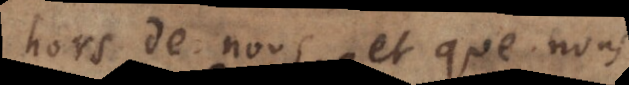
hors de nous, et que nous